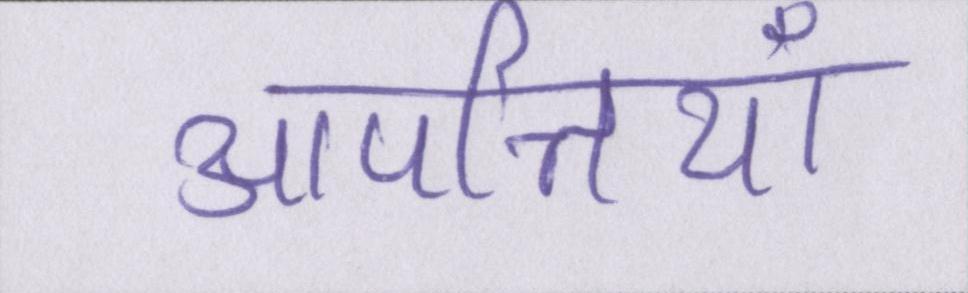
आपत्तियाँ